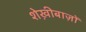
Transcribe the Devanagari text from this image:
शेख़ीबाज़ों